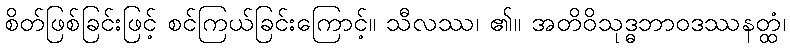
စိတ်ဖြစ်ခြင်းဖြင့် စင်ကြယ်ခြင်းကြောင့်။ သီလဿ၊ ၏။ အတိဝိသုဒ္ဓဘာဝဒဿနတ္ထံ၊